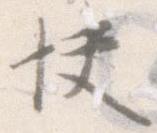
快